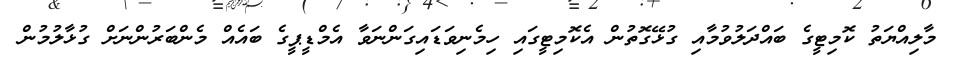
މާލިއްޔަތު ކޮމިޓީގެ ބައްދަލުވުމާއި ގުޅޭގޮތުން އެކޮމިޓީގައި ހިމެނިވަޑައިގަންނަވާ އެމްޑީޕީގެ ބައެއް މެންބަރުންނަށް ގުޅާލުމުން